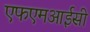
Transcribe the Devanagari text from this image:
एफएमआईसी